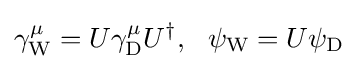
\gamma _{\mathrm {W} }^{\mu }=U\gamma _{\mathrm {D} }^{\mu }U^{\dagger },~~\psi _{\mathrm {W} }=U\psi _{\mathrm {D} }